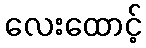
လေးထောင့်